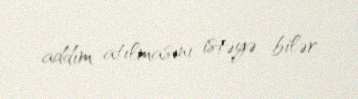
addım atılmasını istəyə bilər.